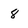
Character: 8